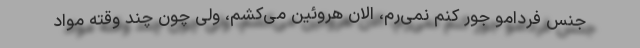
جنس فردامو جور کنم نمی‌رم، الان هروئین می‌کشم، ولی چون چند وقته مواد